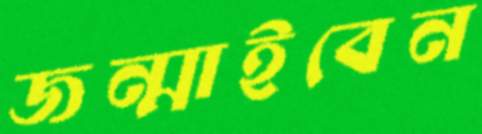
জন্মাইবেন